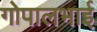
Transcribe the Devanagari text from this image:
गोपालभाई